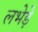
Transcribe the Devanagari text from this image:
लभेड़े